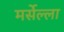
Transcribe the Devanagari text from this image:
मर्सेल्ला